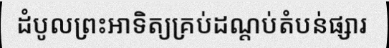
ដំបូលព្រះអាទិត្យគ្រប់ដណ្តប់តំបន់ផ្សារ